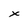
Character: X